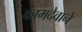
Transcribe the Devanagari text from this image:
कामदेवाने